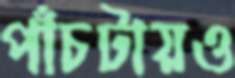
পাঁচটায়ও